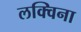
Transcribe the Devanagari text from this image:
लक्विना